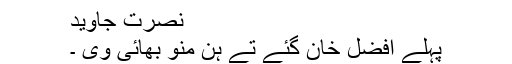
نصرت جاوید
پہلے افضل خان گئے تے ہن منو بھائی وی ۔